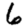
Digit: 6